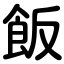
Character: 飯